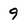
Character: 9